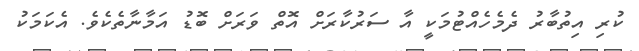
ކުރި އިތުބާރު ދެމެހެއްޓުމަކީ އާ ސަރުކާރަށް އޮތް ވަރަށް ބޮޑު އަމާނާތެކެވެ. އެކަމަކު